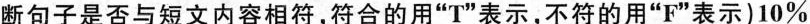
断句子是否与短文内容相符,符合的用"T"表示,不符的用"F"表示)10%